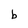
Character: b